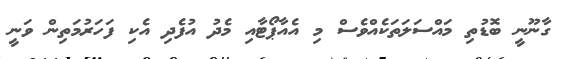
ގާނޫނީ ބޮޑުތި މައްސަލަތަކެއްވެސް މި އެއާޕޯޓާއި މެދު އުފެދި އެކި ފަހަރުމަތިން ވަނީ